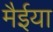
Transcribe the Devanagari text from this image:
मैईया